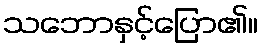
သဘောနှင့်ပြော၏။